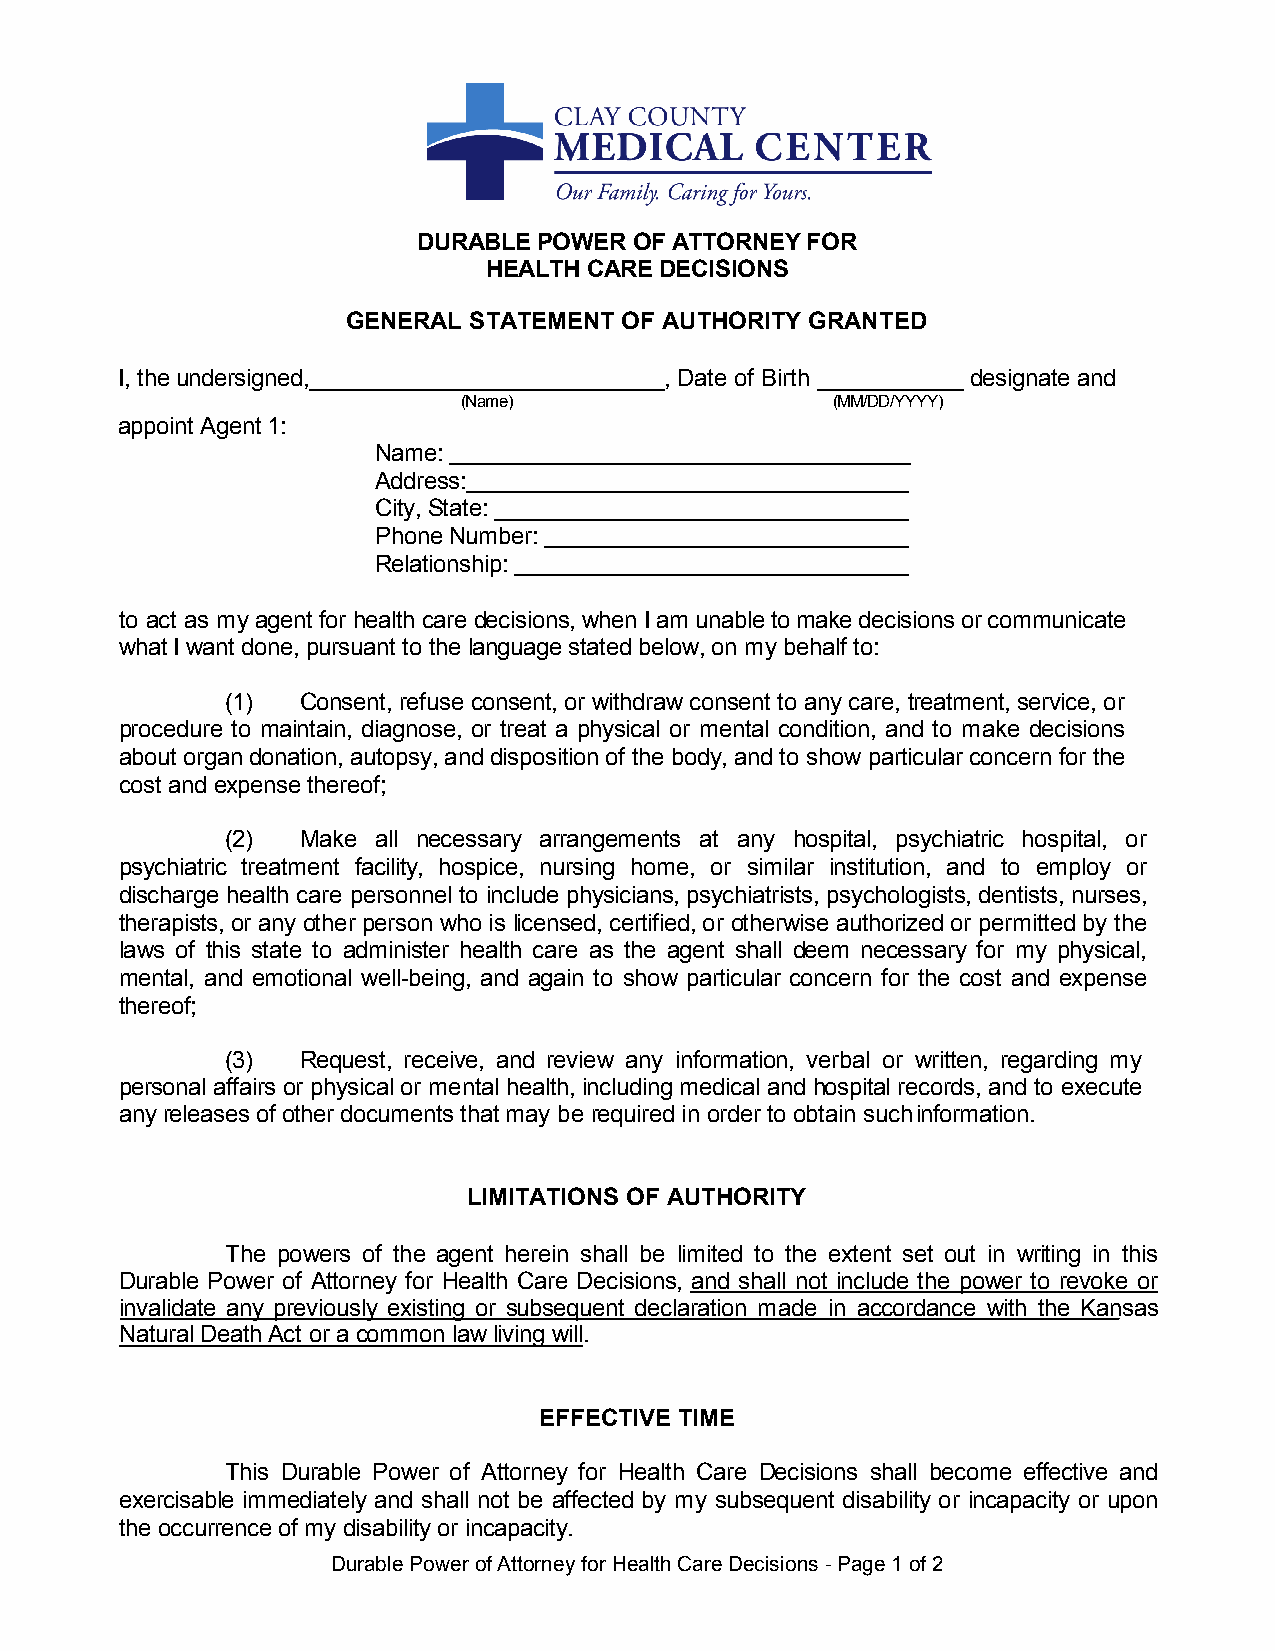
DURABLE POWER OF ATTORNEY FOR
 HEALTH CARE DECISIONS
 GENERAL STATEMENT OF AUTHORITY GRANTED
 I, the undersigned, ___________________________, Date of Birth ___________ designate and
 (Name)                  (MM/DD/YYYY)
 appoint Agent 1:
 Name:
 Address:
 City, State:
 Phone Number:
 Relationship:
 to act as my agent for health care decisions, when I am unable to make decisions or communicate
 what I want done, pursuant to the language stated below, on my behalf to:
 (1)  Consent, refuse consent, or withdraw consent to any care, treatment, service, or
 procedure to maintain, diagnose, or treat a physical or mental condition, and to make decisions
 about organ donation, autopsy, and disposition of the body, and to show particular concern for the
 cost and expense thereof;
 (2)  Make all necessary arrangements at any hospital, psychiatric hospital, or
 psychiatric treatment facility, hospice, nursing home, or similar institution, and to employ or
 discharge health care personnel to include physicians, psychiatrists, psychologists, dentists, nurses,
 therapists, or any other person who is licensed, certified, or otherwise authorized or permitted by the
 laws of this state to administer health care as the agent shall deem necessary for my physical,
 mental, and emotional well-being, and again to show particular concern for the cost and expense
 thereof;
 (3)  Request, receive, and review any information, verbal or written, regarding my
 personal affairs or physical or mental health, including medical and hospital records, and to execute
 any releases of other documents that may be required in order to obtain such information.
 LIMITATIONS OF AUTHORITY
 The powers of the agent herein shall be limited to the extent set out in writing in this
 Durable Power of Attorney for Health Care Decisions, and shall not include the power to revoke or
 invalidate any previously existing or subsequent declaration made in accordance with the Kansas
 Natural Death Act or a common law living will.
 EFFECTIVE TIME
 This Durable Power of Attorney for Health Care Decisions shall become effective and
 exercisable immediately and shall not be affected by my subsequent disability or incapacity or upon
 the occurrence of my disability or incapacity.
 Durable Power of Attorney for Health Care Decisions - Page 1 of 2